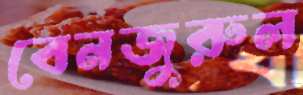
বেনজুরুল